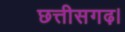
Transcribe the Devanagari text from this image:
छत्तीसगढ़।